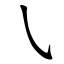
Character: ㇂